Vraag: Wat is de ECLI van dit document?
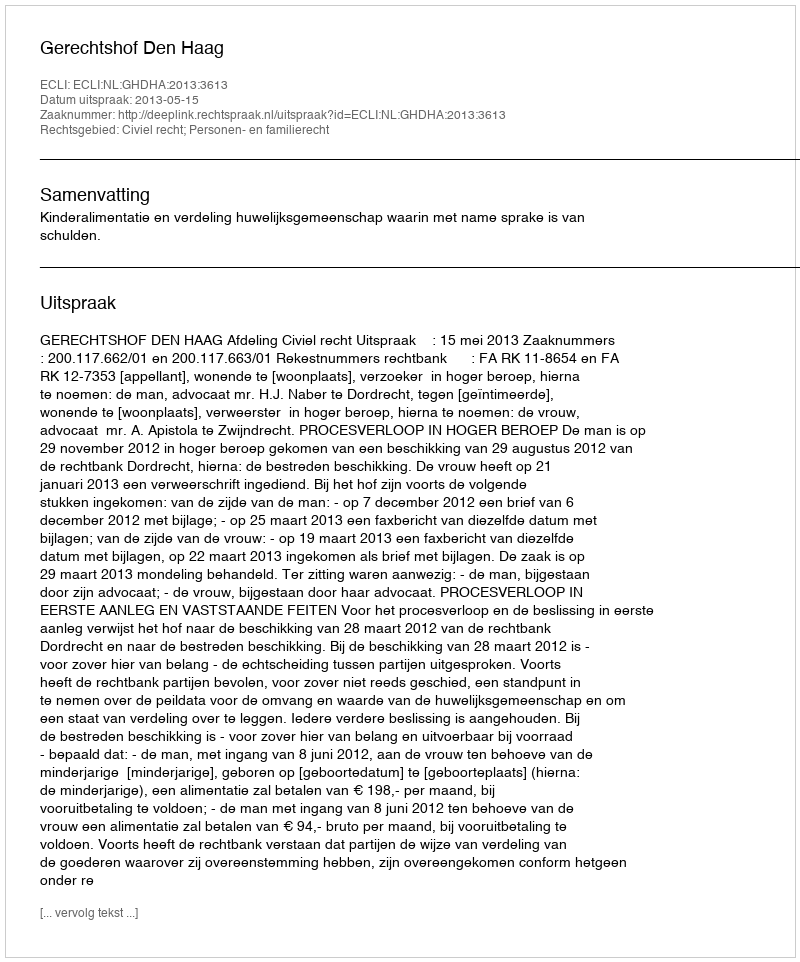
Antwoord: ECLI:NL:GHDHA:2013:3613